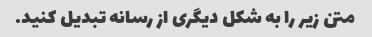
متن زیر را به شکل دیگری از رسانه تبدیل کنید.